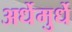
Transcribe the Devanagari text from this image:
अर्धेमुर्धे